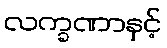
လက္ခဏာနှင့်